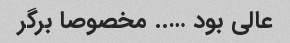
عالی بود ….. مخصوصا برگر